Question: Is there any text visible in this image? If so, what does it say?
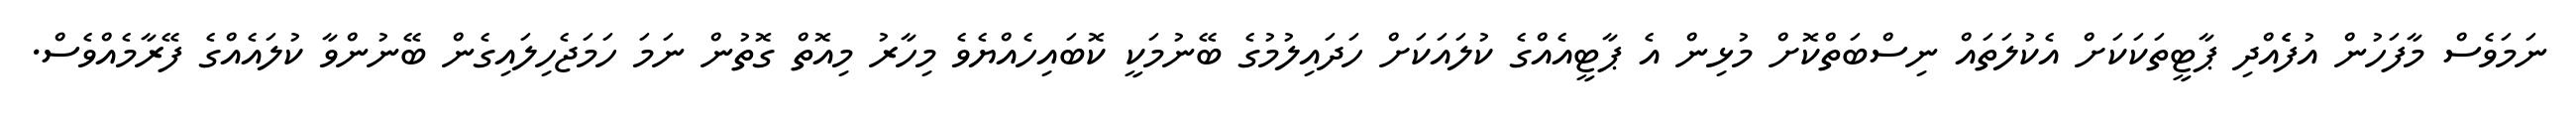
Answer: ނަމަވެސް މާފަހުން އުފެެއްދި ޕާޓީތަކަކަށް އެކުލަތައް ނިސްބަތްކޮށް މުޅިން އެ ޕާޓީއެއްގެ ކުލައަކަށް ހަދައިލުމުގެ ބޭނުމަކީ ކޮބައިހެއްޔެވެ މިހާރު މިއޮތް ގޮތުން ނަމަ ހަމަޖެހިލައިގެން ބޭނުންވާ ކުލައެއްގެ ފޭރާމެއްވެސް.